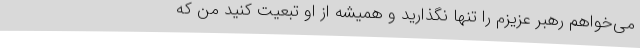
می‌خواهم رهبر عزیزم را تنها نگذارید و همیشه از او تبعیت کنید من که